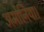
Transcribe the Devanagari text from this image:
अमोनिया।